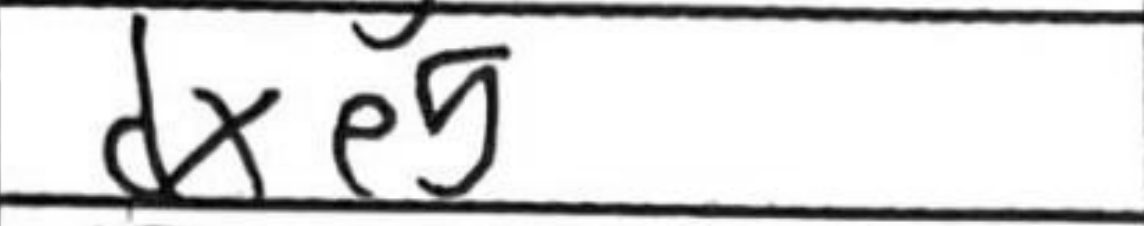
Transcription: dxe5